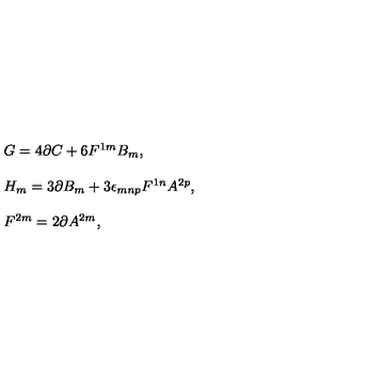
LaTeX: \begin{array} { r c l } { } & { } & { G = 4 \partial C + 6 F ^ { 1 m } B _ { m } , } \\ { } & { } & { } \\ { } & { } & { H _ { m } = 3 \partial B _ { m } + 3 \epsilon _ { m n p } F ^ { 1 n } A ^ { 2 p } , } \\ { } & { } & { } \\ { } & { } & { F ^ { 2 m } = 2 \partial A ^ { 2 m } , } \\ \end{array}